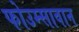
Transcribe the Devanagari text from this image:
फोउम्सावान